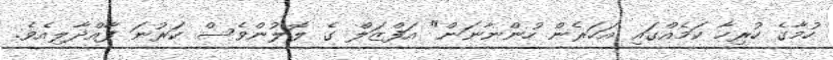
ހުމާގެ ހުރިހާ ކަމެއްގައި އަހަރެން ހުންނާނަން" އަފްޒަލް ގެ ލޮލުންވެސް ކަރުނަ ފާއްދާލިއެވެ.